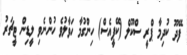
ފޭދޫ ކުދިމާ ޕްރީ ސްކޫލް (ކޭޕީއެސް) ހިންގުމާ ހަވާލުވެ ހުންނެވި ލީޑިން ޓީޗަރު